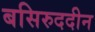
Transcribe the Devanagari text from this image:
बसिरुददीन